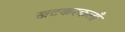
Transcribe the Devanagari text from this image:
खटकरकलाँ